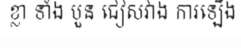
ខ្លា ទាំង បួន ជៀសវាង ការឡើង